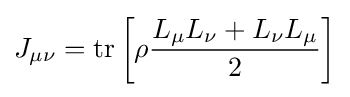
J_{\mu \nu }={\mbox{tr}}\left[\rho {\frac {L_{\mu }L_{\nu }+L_{\nu }L_{\mu }}{2}}\right]